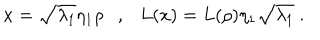
x = \sqrt { \lambda _ { 1 } } \eta _ { 1 } \rho \ \ \ , \ \ \ L ( x ) = L ( \rho ) \eta _ { 1 } \sqrt { \lambda _ { 1 } } \ .